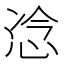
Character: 𫺇